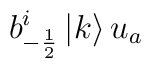
b^i _{-\frac{1}{2}}\left| k\right> u_a